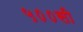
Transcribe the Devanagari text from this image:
५००सी